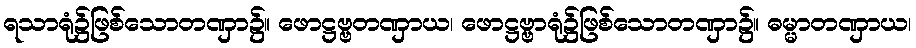
ရသာရုံ၌ဖြစ်သောတဏှာ၌။ ဖောဋ္ဌဗ္ဗတဏှာယ၊ ဖောဋ္ဌဗ္ဗာရုံ၌ဖြစ်သောတဏှာ၌။ ဓမ္မာတဏှာယ၊